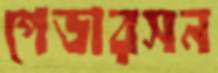
পেডারসন